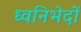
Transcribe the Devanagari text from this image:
ध्वनिभेदों